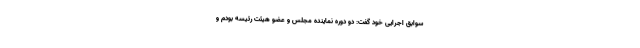
سوابق اجرایی خود گفت: دو دوره نماینده مجلس و عضو هیئت رئیسه بودم و